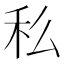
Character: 𥝠